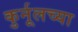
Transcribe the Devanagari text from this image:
कुर्नूलच्या